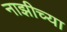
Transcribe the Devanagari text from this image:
नाझीच्या